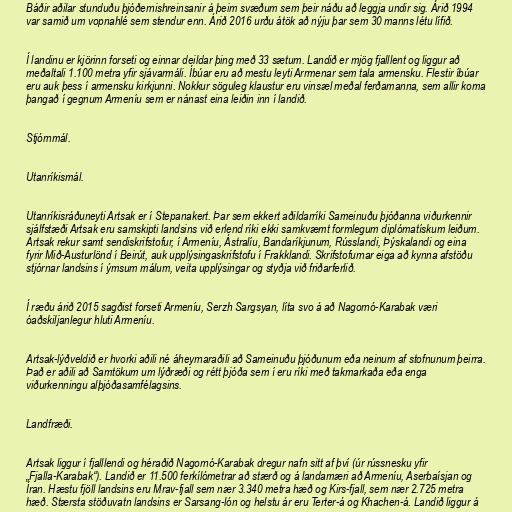
Báðir aðilar stunduðu þjóðernishreinsanir á þeim svæðum sem þeir náðu að leggja undir sig. Árið 1994
var samið um vopnahlé sem stendur enn. Árið 2016 urðu átök að nýju þar sem 30 manns létu lífið.

Í landinu er kjörinn forseti og einnar deildar þing með 33 sætum. Landið er mjög fjalllent og liggur að
meðaltali 1.100 metra yfir sjávarmáli. Íbúar eru að mestu leyti Arrmenar sem tala armensku. Flestir íbúar
eru auk þess í armensku kirkjunni. Nokkur söguleg klaustur eru vinsæl meðal ferðamanna, sem allir koma
þangað í gegnum Armeníu sem er nánast eina leiðin inn í landið.

Stjórnmál.

Utanríkismál.

Utanríkisráðuneyti Artsak er í Stepanakert. Þar sem ekkert aðildarríki Sameinuðu þjóðanna viðurkennir
sjálfstæði Artsak eru samskipti landsins við erlend ríki ekki samkvæmt formlegum diplómatískum leiðum.
Artsak rekur samt sendiskrifstofur, í Armeníu, Ástralíu, Bandaríkjunum, Rússlandi, Þýskalandi og eina
fyrir Mið-Austurlönd í Beirút, auk upplýsingaskrifstofu í Frakklandi. Skrifstofurnar eiga að kynna afstöðu
stjórnar landsins í ýmsum málum, veita upplýsingar og styðja við friðarferlið.

Í ræðu árið 2015 sagðist forseti Armeníu, Serzh Sargsyan, líta svo á að Nagornó-Karabak væri
óaðskiljanlegur hluti Armeníu.

Artsak-lýðveldið er hvorki aðili né áheyrnaraðili að Sameinuðu þjóðunum eða neinum af stofnunum þeirra.
Það er aðili að Samtökum um lýðræði og rétt þjóða sem í eru ríki með takmarkaða eða enga
viðurkenningu alþjóðasamfélagsins.

Landfræði.

Artsak liggur í fjalllendi og héraðið Nagornó-Karabak dregur nafn sitt af því (úr rússnesku yfir
„Fjalla-Karabak“). Landið er 11.500 ferkílómetrar að stærð og á landamæri að Armeníu, Aserbaísjan og
Íran. Hæstu fjöll landsins eru Mrav-fjall sem nær 3.340 metra hæð og Kirs-fjall, sem nær 2.725 metra
hæð. Stærsta stöðuvatn landsins er Sarsang-lón og helstu ár eru Terter-á og Khachen-á. Landið liggur á